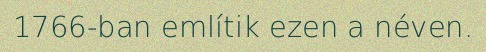
1766-ban említik ezen a néven.